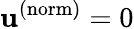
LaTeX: \mathbf{u}^{(\mathrm{{norm}})}=0